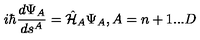
i \hbar \frac { d \Psi _ { A } } { d s ^ { A } } = \hat { \cal H } _ { A } \Psi _ { A } , A = n + 1 . . . D